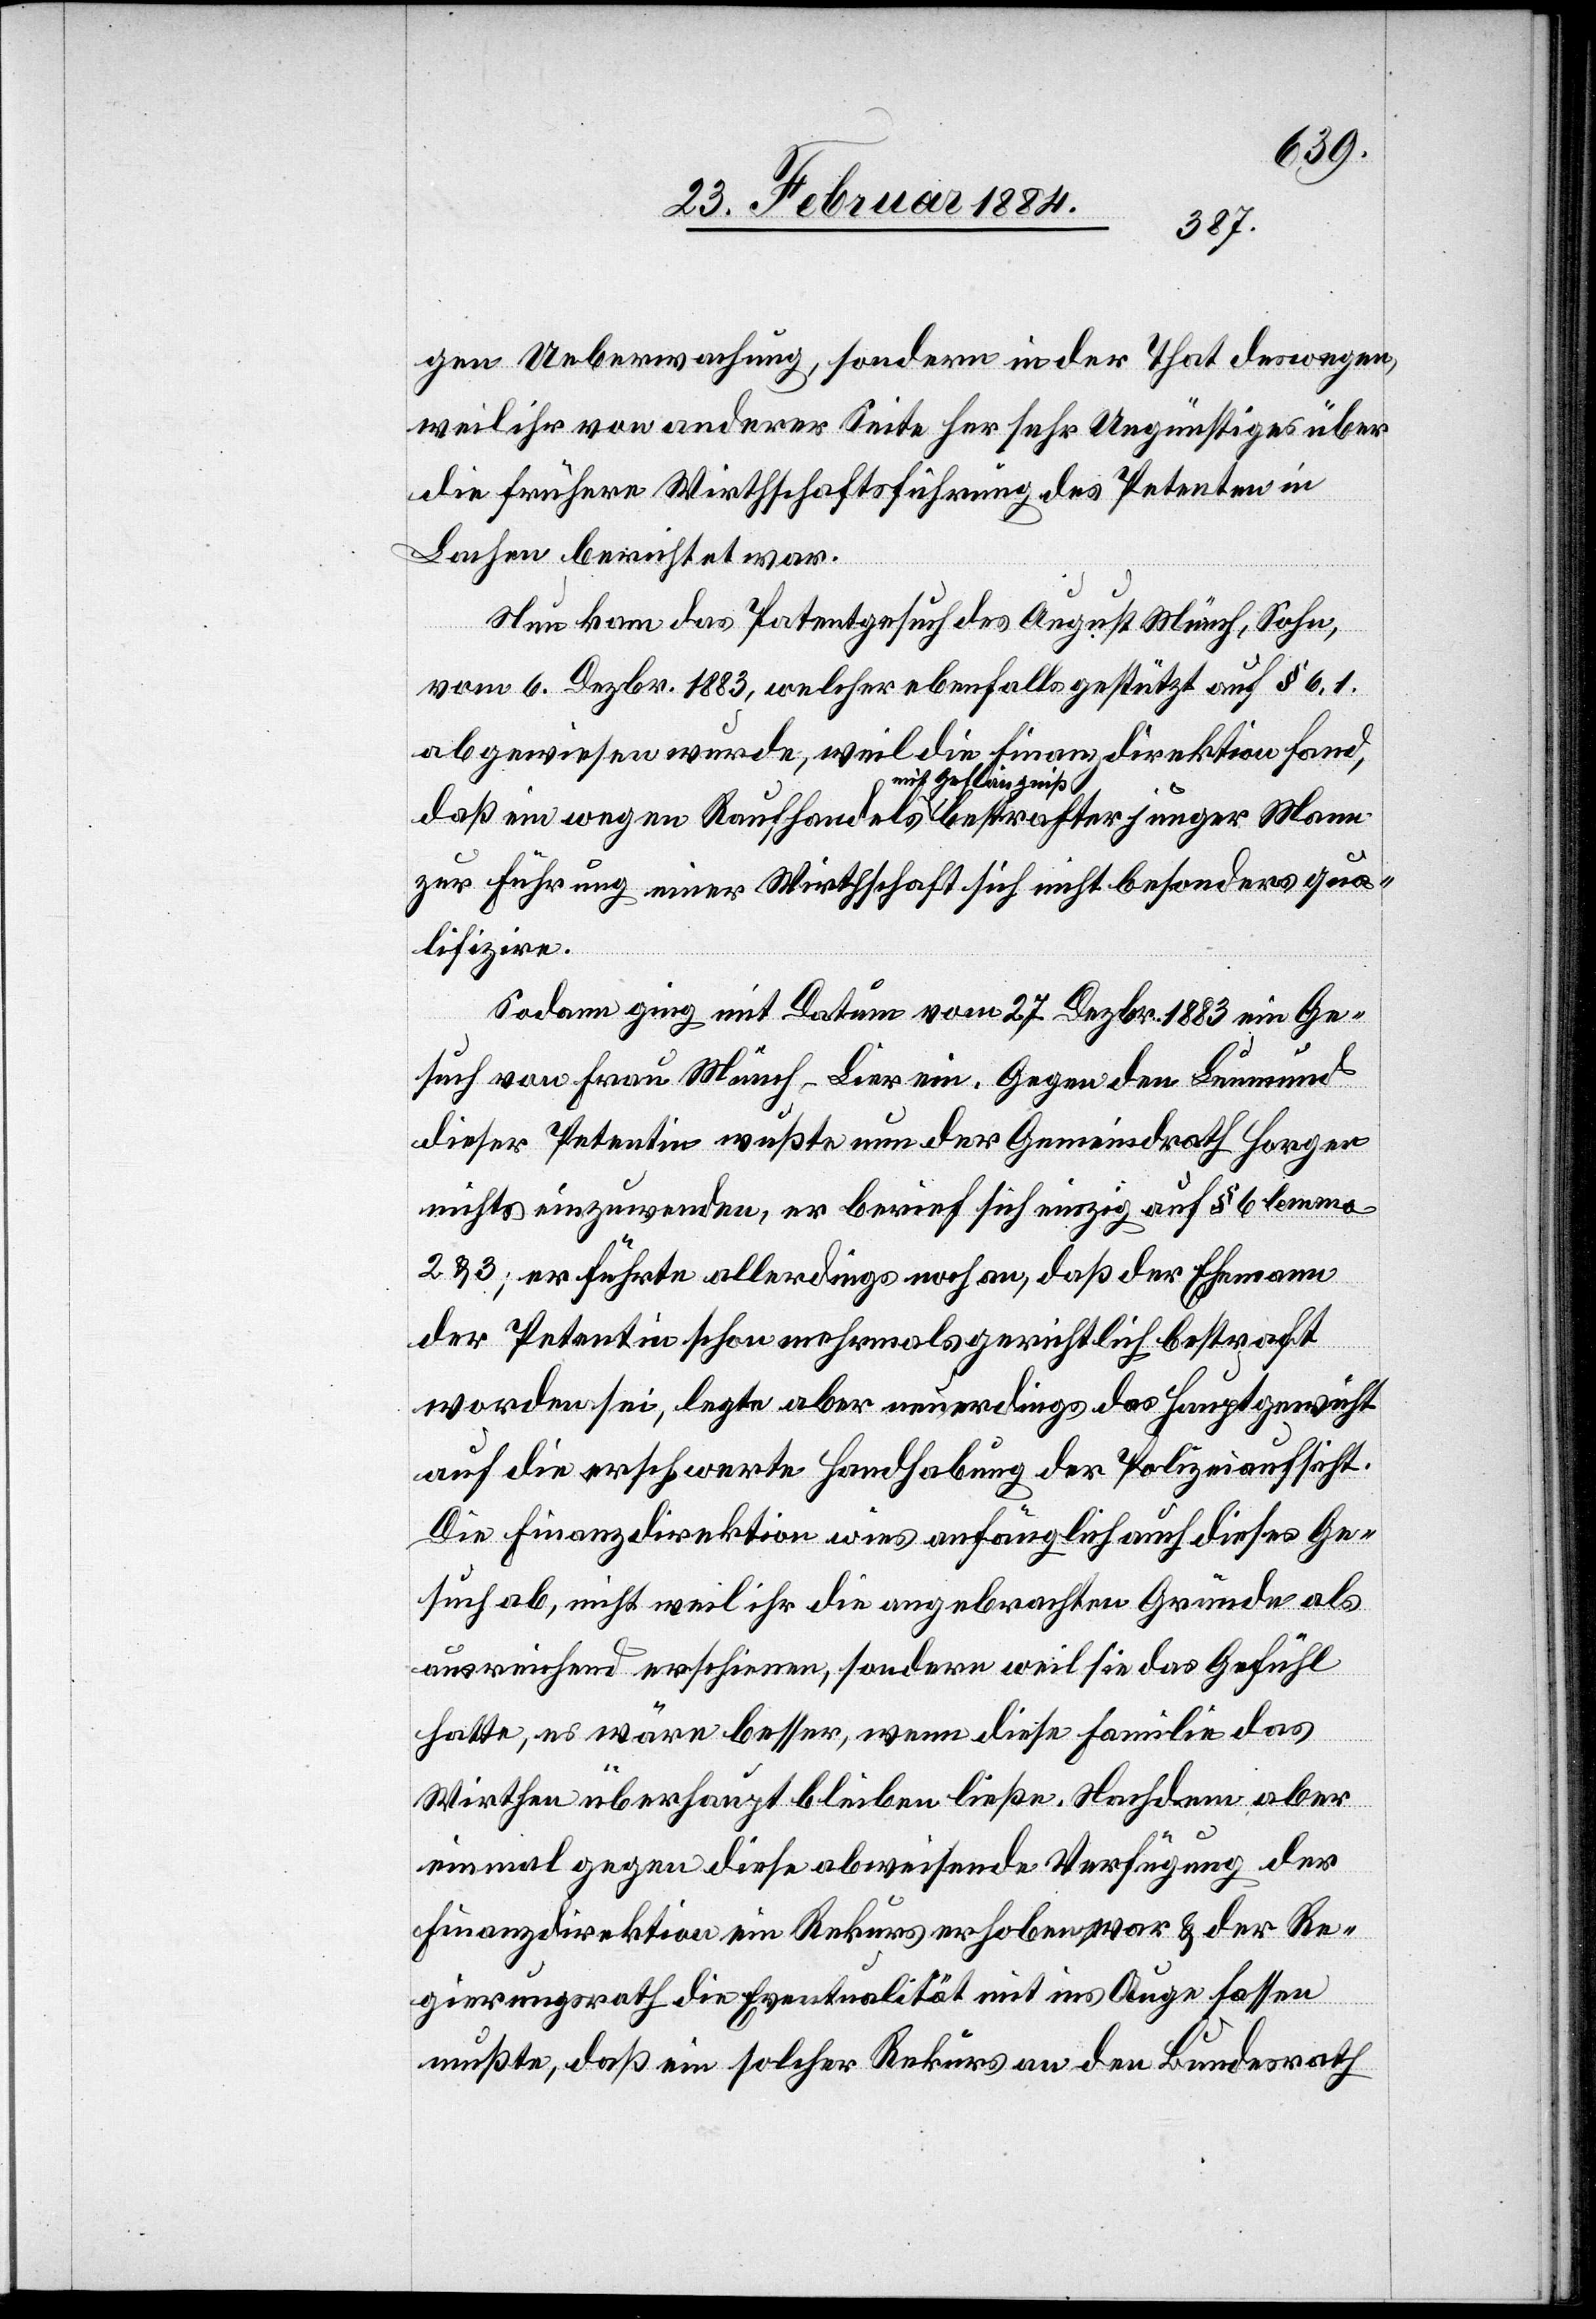
gen Ueberwachung, sondern in der That deswegen,
weil ihr von anderer Seite her sehr Ungünstiges über
die frühere Wirthschaftsführung des Petenten in
Lachen berichtet wor¬
Nun kam das Patentgesuch des August Münch, Sohn,
vom 6. Dezbr. 1883, welcher ebenfalls gestützt auf § 6,1
abgewiesen wurde, weil die Finanzdirektion fand,
mit Gefängniß
zur Führung einer Wirthschaft sich nicht besonders qua¬
lifizire.
Sodann ging mit Datum 27. Dezbr. 1883 ein Ge¬
such von Frau Münch-Lier ein. Gegen den Leumund
dieser Petentin wußte nun der Gemeindrath Horgen
nichts einzuwenden, er berief sich einzig auf § 6 lemma
2 & 3; er führe allerdings noch an, daß der Ehemann
der Petentin schon mehrmals gerichtlich bestraft
worden sein, legt aber neuerdings das Hauptgewicht
auf die erschwerte Handhabung der Polizeiaufsicht.
Die Finanzdirektion wies anfänglich dieses Ge¬
such ab, nicht weil ihr die angebrachten Gründe als
ausreichend erschienen, sondern weil sie das Gefühl
hatte, es wäre besser, wenn diese Familie das
Mann
Wirthen überhaupt bleiben ließe. Nachdem aber
einmal gegen diese abweisende Verfügung der
Finanzdirektion ein Rekurs erhoben war & der Re¬
best¬
gierungsrath die Eventualität mit ins Auge fassen
mußte, daß ein solcher Rekurs an den Bundesrath